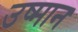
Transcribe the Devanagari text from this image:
उष्मान